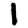
Digit: 1